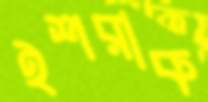
ইশরাক